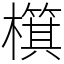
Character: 檱